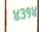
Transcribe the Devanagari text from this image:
४३१४